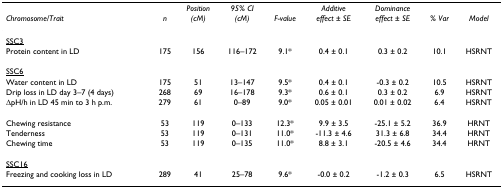
<table><thead><tr><td></td><td></td><td><b><i>Position</i></b></td><td><b><i>95% CI</i></b></td><td></td><td><b><i>Additive</i></b></td><td><b><i>Dominance</i></b></td><td></td><td></td></tr><tr><td><b><i>Chromosome/Trait</i></b></td><td><b><i>n</i></b></td><td><b><i>(cM)</i></b></td><td><b><i>(cM)</i></b></td><td><b><i>F-value</i></b></td><td><b><i>effect ± SE</i></b></td><td><b><i>effect ± SE</i></b></td><td><b><i>% Var</i></b></td><td><b><i>Model</i></b></td></tr></thead><tbody><tr><td><underline>SSC3</underline></td><td></td><td></td><td></td><td></td><td></td><td></td><td></td><td></td></tr><tr><td>Protein content in LD</td><td>175</td><td>156</td><td>116–172</td><td>9.1*</td><td>0.4 ± 0.1</td><td>0.3 ± 0.2</td><td>10.1</td><td>HSRNT</td></tr><tr><td><underline>SSC6</underline></td><td></td><td></td><td></td><td></td><td></td><td></td><td></td><td></td></tr><tr><td>Water content in LD</td><td>175</td><td>51</td><td>13–147</td><td>9.5*</td><td>0.4 ± 0.1</td><td>-0.3 ± 0.2</td><td>10.5</td><td>HSRNT</td></tr><tr><td>Drip loss in LD day 3–7 (4 days)</td><td>268</td><td>69</td><td>16–178</td><td>9.3*</td><td>0.6 ± 0.1</td><td>0.3 ± 0.2</td><td>6.9</td><td>HSRNT</td></tr><tr><td>ΔpH/h in LD 45 min to 3 h p.m.</td><td>279</td><td>61</td><td>0–89</td><td>9.0*</td><td>0.05 ± 0.01</td><td>0.01 ± 0.02</td><td>6.4</td><td>HSRNT</td></tr><tr><td>Chewing resistance</td><td>53</td><td>119</td><td>0–133</td><td>12.3*</td><td>9.9 ± 3.5</td><td>-25.1 ± 5.2</td><td>36.9</td><td>HRNT</td></tr><tr><td>Tenderness</td><td>53</td><td>119</td><td>0–131</td><td>11.0*</td><td>-11.3 ± 4.6</td><td>31.3 ± 6.8</td><td>34.4</td><td>HRNT</td></tr><tr><td>Chewing time</td><td>53</td><td>119</td><td>0–135</td><td>11.0*</td><td>8.8 ± 3.1</td><td>-20.5 ± 4.6</td><td>34.4</td><td>HRNT</td></tr><tr><td><underline>SSC16</underline></td><td></td><td></td><td></td><td></td><td></td><td></td><td></td><td></td></tr><tr><td>Freezing and cooking loss in LD</td><td>289</td><td>41</td><td>25–78</td><td>9.6*</td><td>-0.0 ± 0.2</td><td>-1.2 ± 0.3</td><td>6.5</td><td>HSRNT</td></tr></tbody></table>